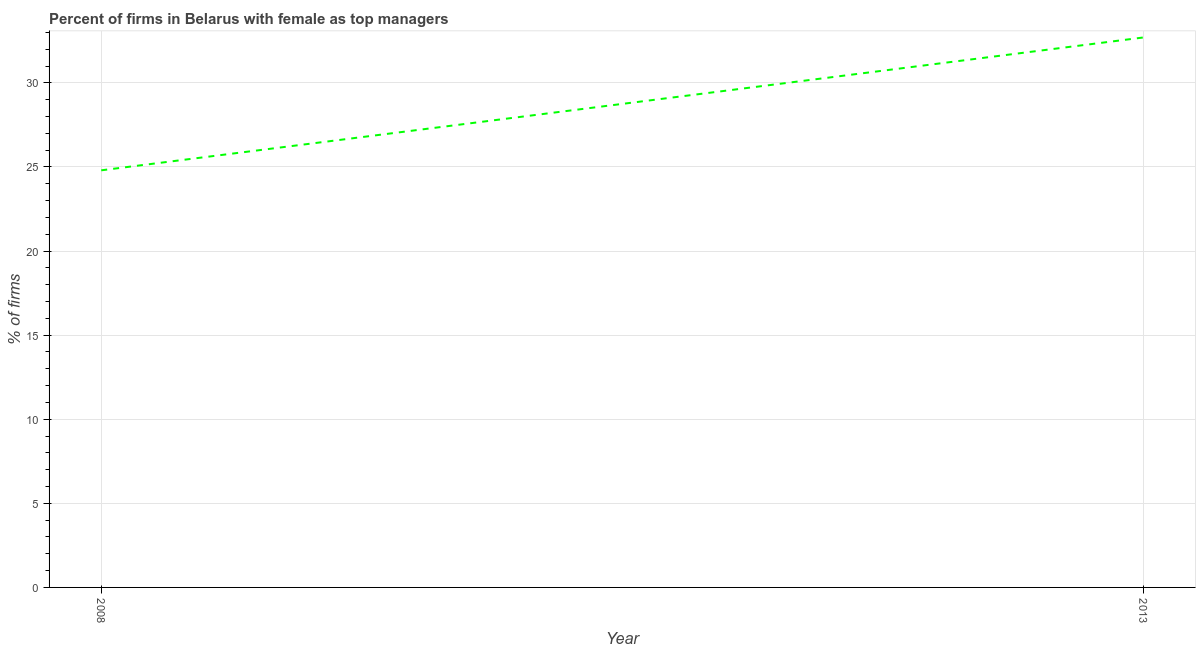
| Year | Firms with female top manager |
 | --- | --- |
 | 2008 | 24.8 |
 | 2013 | 32.7 |